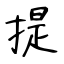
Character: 提